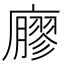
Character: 廫